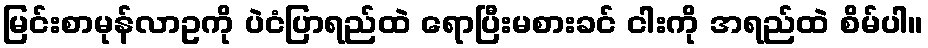
မြင်းစာမုန်လာဥကို ပဲငံပြာရည်ထဲ ရောပြီးမစားခင် ငါးကို အရည်ထဲ စိမ်ပါ။